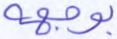
بوجهه